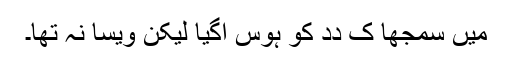
میں سمجھا کِ دِدِ کو ہوس اَگیا لیکِن ویسا نہِ تھا۔